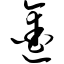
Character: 凿